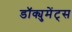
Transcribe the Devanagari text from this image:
डॉक्युमेंट्‌स